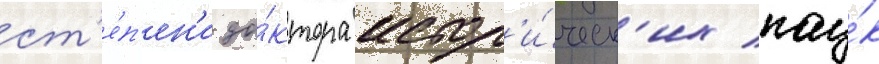
ст'е́п'ен'и до́ктора истор'и́ческ'их нау́к